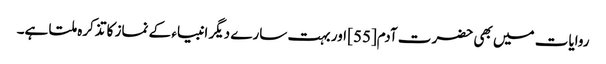
روایات میں بھی حضرت آدم[55] اور بہت سارے دیگر انبیاء کے نماز کا تذکرہ ملتا ہے۔